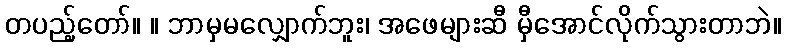
တပည့်တော်။ ။ ဘာမှမလျှောက်ဘူး၊ အဖေများဆီ မှီအောင်လိုက်သွားတာဘဲ။